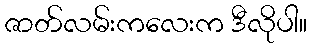
ဇာတ်လမ်းကလေးက ဒီလိုပါ။